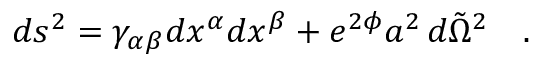
d s ^ { 2 } = \gamma _ { \alpha \beta } d x ^ { \alpha } d x ^ { \beta } + e ^ { 2 \phi } a ^ { 2 } \, d { \tilde { \Omega } } ^ { 2 } ~ ~ ~ .